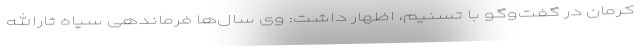
کرمان در گفت‌وگو با تسنیم، اظهار داشت: وی سال‌ها فرماندهی سپاه ثارالله